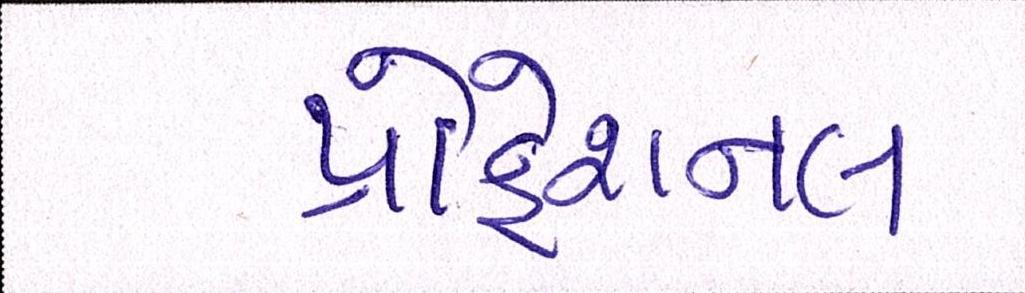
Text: પ્રોફેશનલ